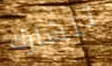
تتشارك